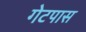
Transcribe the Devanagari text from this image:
गेटपास